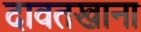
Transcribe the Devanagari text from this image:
दावतखाना